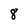
Character: 8